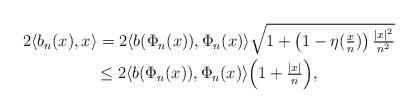
LaTeX: \begin{gather*}2 \langle b_n(x),x \rangle = 2 \langle b(\Phi_n(x)), \Phi_n(x) \rangle {\sqrt{ 1+ \big(1- \eta(\tfrac{x}{n}) \big) \, \tfrac{|x|^2}{n^2} }}\\ \le 2 \langle b(\Phi_n(x)), \Phi_n(x) \rangle\Big (1 + \tfrac{ |x|}{n} \Big),\end{gather*}